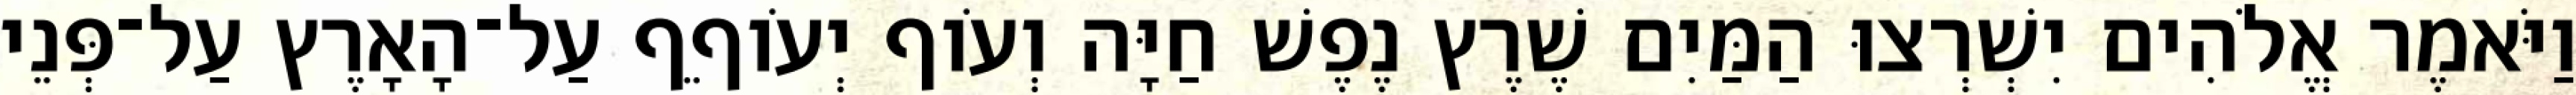
וַיֹּאמֶר אֱלֹהִים יִשְׁרְצוּ הַמַּיִם שֶׁרֶץ נֶפֶשׁ חַיָּה וְעֹוף יְעֹוףֵף עַל־הָאָרֶץ עַל־פְּנֵי